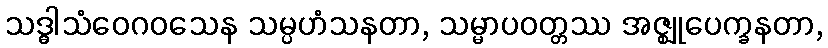
သဒ္ဓါသံဝေဂဝသေန သမ္ပဟံသနတာ, သမ္မာပဝတ္တဿ အဇ္ဈုပေက္ခနတာ,